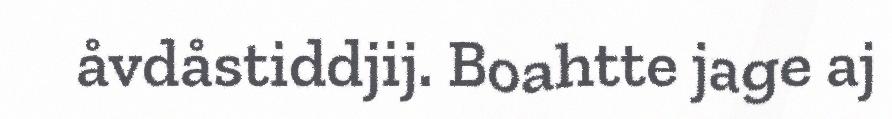
åvdåstiddjij. Boahtte jage aj